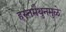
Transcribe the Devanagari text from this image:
हस्तमैथुनमुळे